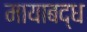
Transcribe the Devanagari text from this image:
मायाबद्ध